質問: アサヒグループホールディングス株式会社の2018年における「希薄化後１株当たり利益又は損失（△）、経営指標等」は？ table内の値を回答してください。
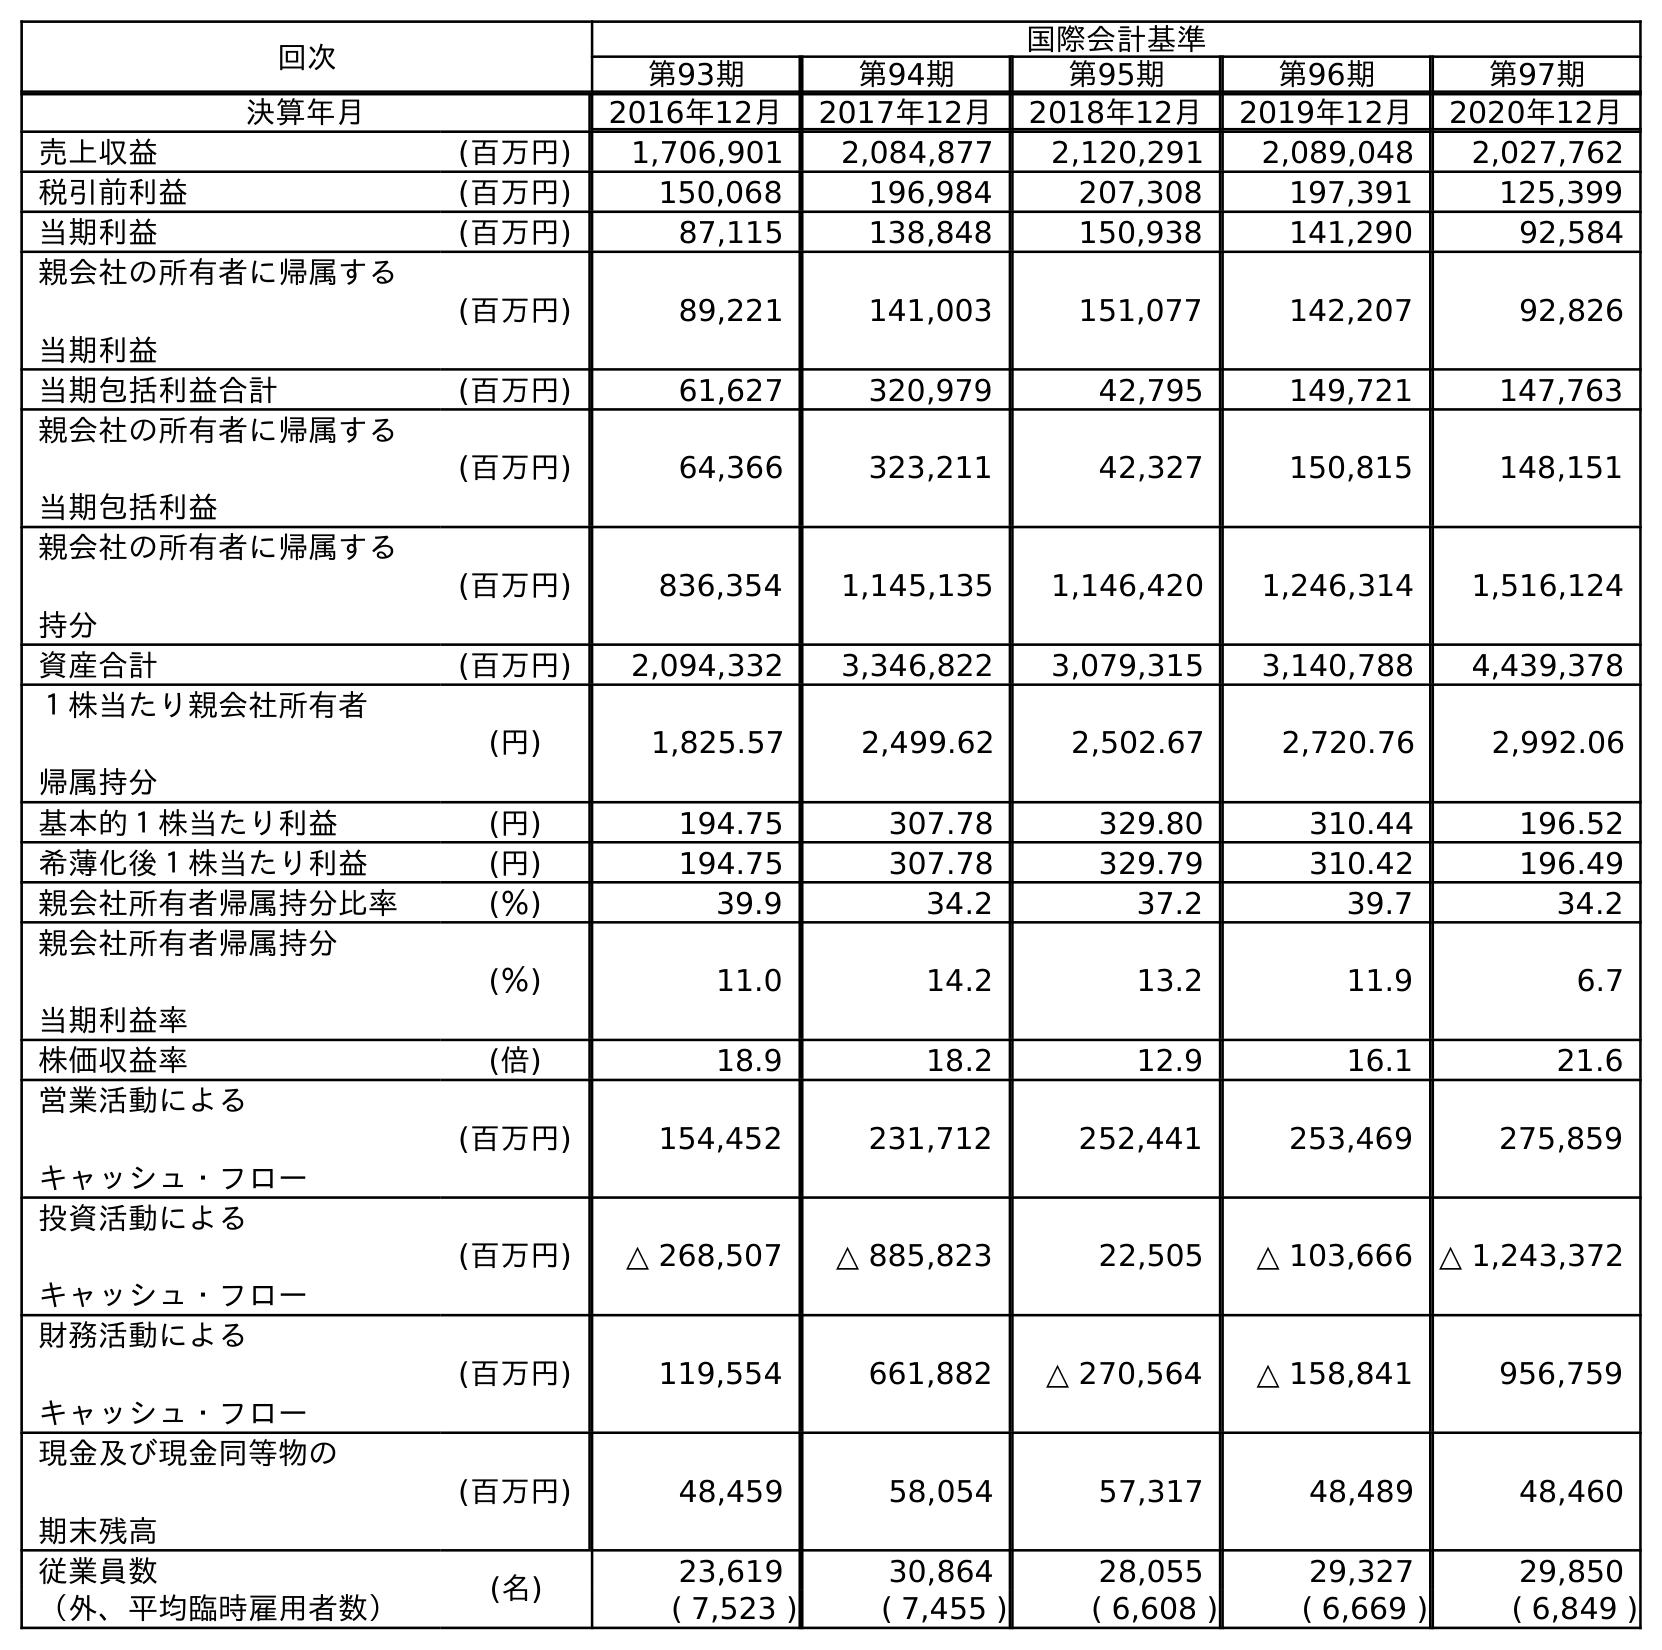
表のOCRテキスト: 回次 国際会計基準 第93期 第94期 第95期 第96期 第97期 決算年月 2016年12月 2017年12月 2018年12月 2019年12月 2020年12月 売上収益 (百万円) 1,706,901 2,084,877 2,120,291 2,089,048 2,027,762 税引前利益 (百万円) 150,068 196,984 207,308 197,391 125,399 当期利益 (百万円) 87,115 138,848 150,938 141,290 92,584 親会社の所有者に帰属する 当期利益 (百万円) 89,221 141,003 151,077 142,207 92,826 当期包括利益合計 (百万円) 61,627 320,979 42,795 149,721 147,763 親会社の所有者に帰属する 当期包括利益 (百万円) 64,366 323,211 42,327 150,815 148,151 親会社の所有者に帰属する 持分 (百万円) 836,354 1,145,135 1,146,420 1,246,314 1,516,124 資産合計 (百万円) 2,094,332 3,346,822 3,079,315 3,140,788 4,439,378 １株当たり親会社所有者 帰属持分 (円) 1,825.57 2,499.62 2,502.67 2,720.76 2,992.06 基本的１株当たり利益 (円) 194.75 307.78 329.80 310.44 196.52 希薄化後１株当たり利益 (円) 194.75 307.78 329.79 310.42 196.49 親会社所有者帰属持分比率 (％) 39.9 34.2 37.2 39.7 34.2 親会社所有者帰属持分 当期利益率 (％) 11.0 14.2 13.2 11.9 6.7 株価収益率 (倍) 18.9 18.2 12.9 16.1 21.6 営業活動による キャッシュ・フロー (百万円) 154,452 231,712 252,441 253,469 275,859 投資活動による キャッシュ・フロー (百万円) △ 268,507 △ 885,823 22,505 △ 103,666 △ 1,243,372 財務活動による キャッシュ・フロー (百万円) 119,554 661,882 △ 270,564 △ 158,841 956,759 現金及び現金同等物の 期末残高 (百万円) 48,459 58,054 57,317 48,489 48,460 従業員数 (名) 23,619 30,864 28,055 29,327 29,850 （外、平均臨時雇用者数） ( 7,523 ) ( 7,455 ) ( 6,608 ) ( 6,669 ) ( 6,849 )
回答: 329.79